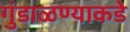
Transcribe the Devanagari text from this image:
गुंडाळण्याकडे